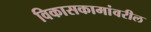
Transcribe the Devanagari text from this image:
विकासकामांवरील